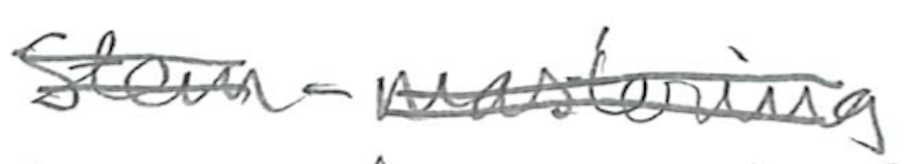
Text: Stem-mastering
Cross-out: double-line
Writing tool: pencil